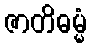
ဇာတိဓမ္မံ